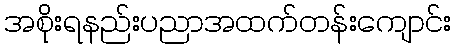
အစိုးရနည်းပညာအထက်တန်းကျောင်း